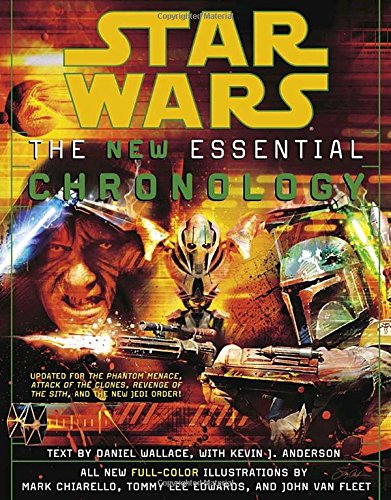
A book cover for The New Essential Chronology to Star Wars; Daniel Wallace; Humor & Entertainment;